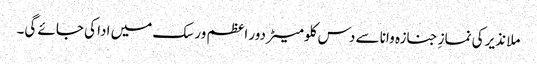
ملا نذیر کی نمازِ جنازہ وانا سے دس کلومیٹر دور اعظم ورسک میں ادا کی جائے گی۔